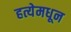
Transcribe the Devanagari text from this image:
हत्येमधून